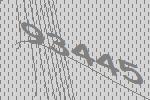
93445